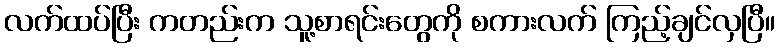
လက်ထပ်ပြီး ကတည်းက သူ့စာရင်းတွေကို စကားလက် ကြည့်ချင်လှပြီ။